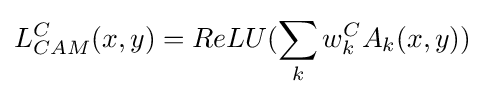
L_{CAM}^{C}(x,y)=ReLU(\sum _{k}w_{k}^{C}A_{k}(x,y))